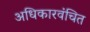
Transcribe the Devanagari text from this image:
अधिकारवंचित